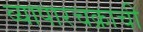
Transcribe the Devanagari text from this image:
व्यापारचक्राची